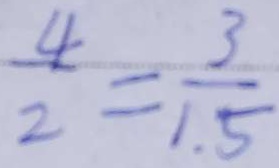
\frac { 4 } { 2 } = \frac { 3 } { 1 . 5 }